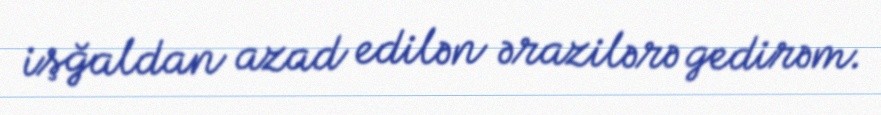
işğaldan azad edilən ərazilərə gedirəm.